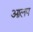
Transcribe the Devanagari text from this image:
आलप